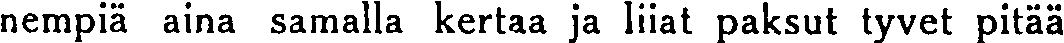
nempiä aina samalla kertaa ja liiat paksut tyvet pitää